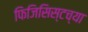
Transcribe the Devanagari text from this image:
फिजिसिस्टच्या